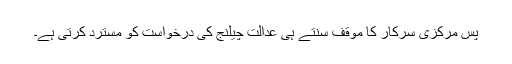
پس مرکزی سرکار کا موقف سنتے ہی عدالت چیلنج کی درخواست کو مسترد کرتی ہے۔